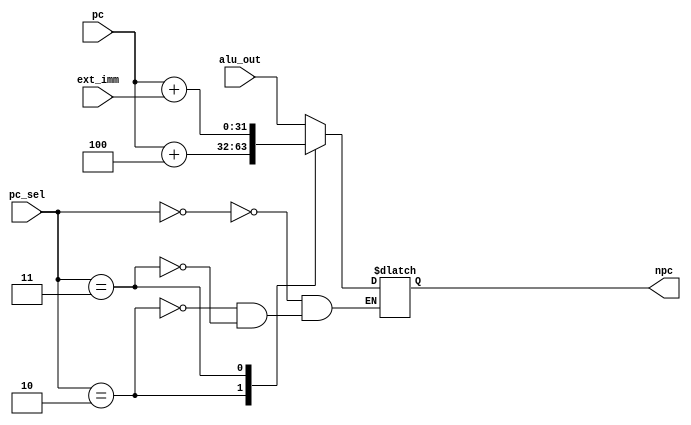
module next_pc_sel(
        input [2:0] pc_sel,
        input [31:0] alu_out,
        input [31:0] pc,
        input [31:0] ext_imm,
        output reg [31:0] npc
    );

    parameter ALU_OUT = 3'b000;
    parameter MEM_OUT = 3'b001;
    parameter NEXT_PC = 3'b010;
    parameter IMM_PC = 3'b011;
    parameter IMM_ONLY = 3'b100;

    always@(*) begin
        case (pc_sel)
            ALU_OUT: npc = alu_out;
            NEXT_PC: npc = pc + 4;
            IMM_PC: npc = pc + ext_imm;
        endcase
    end
endmodule